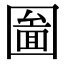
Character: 圗